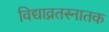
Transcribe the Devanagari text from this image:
विद्याव्रतस्नातक